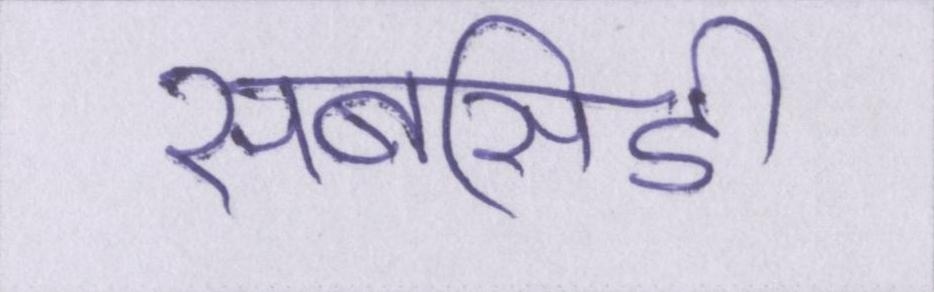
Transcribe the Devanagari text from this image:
सबसिडी